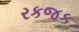
રકજક